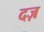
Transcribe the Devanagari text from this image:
दज़